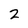
Character: 2